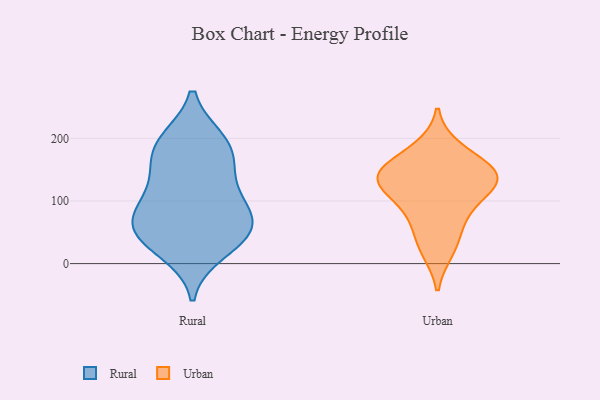
{"axis": {"x": "Conversion Rate (%)", "y": "Value"}, "legend": ["Rural", "Urban"], "data": [{"x": "", "y": 63, "type": "Rural"}, {"x": "", "y": 20, "type": "Rural"}, {"x": "", "y": 151, "type": "Rural"}, {"x": "", "y": 45, "type": "Rural"}, {"x": "", "y": 196, "type": "Rural"}, {"x": "", "y": 189, "type": "Rural"}, {"x": "", "y": 82, "type": "Rural"}, {"x": "", "y": 88, "type": "Rural"}, {"x": "", "y": 142, "type": "Rural"}, {"x": "", "y": 43, "type": "Rural"}, {"x": "", "y": 190, "type": "Rural"}, {"x": "", "y": 50, "type": "Rural"}, {"x": "", "y": 100, "type": "Rural"}, {"x": "", "y": 19, "type": "Urban"}, {"x": "", "y": 139, "type": "Urban"}, {"x": "", "y": 120, "type": "Urban"}, {"x": "", "y": 146, "type": "Urban"}, {"x": "", "y": 53, "type": "Urban"}, {"x": "", "y": 84, "type": "Urban"}, {"x": "", "y": 153, "type": "Urban"}, {"x": "", "y": 186, "type": "Urban"}, {"x": "", "y": 111, "type": "Urban"}, {"x": "", "y": 143, "type": "Urban"}]}